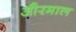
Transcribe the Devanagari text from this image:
औरमाल